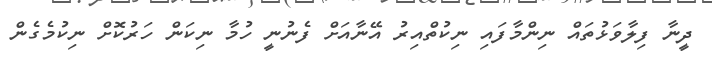
ދީނާ ފިލާވަޅުތައް ނިންމާފައި ނިކުތްއިރު އޭނާއަށް ފެނުނީ ހުމާ ނިކަން ހަރުކޮށް ނިކުމެގެން